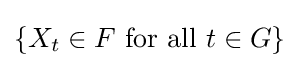
\{X_{t}\in F{\text{ for all }}t\in G\}